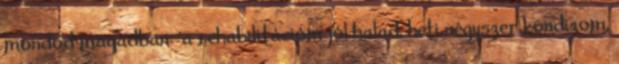
mondod magadban: 'a rehabilitációm jól halad, heti négyszer kondizom,